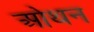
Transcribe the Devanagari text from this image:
ओथन